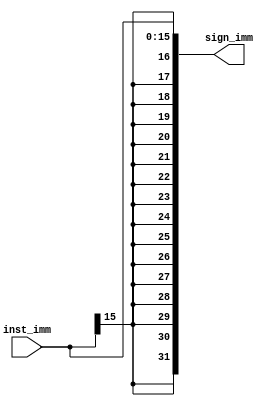
module sign_extend(
									 //input 
									 inst_imm,
									 //output
									 sign_imm
									);
									
input [15:0] inst_imm;
output reg [31:0] sign_imm;

always@(*) begin
	sign_imm <= {{16{inst_imm[15]}},inst_imm};
end

endmodule